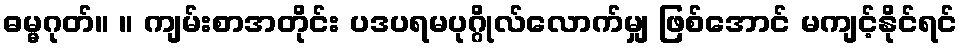
ဓမ္မဂုတ်။ ။ ကျမ်းစာအတိုင်း ပဒပရမပုဂ္ဂိုလ်လောက်မျှ ဖြစ်အောင် မကျင့်နိုင်ရင်